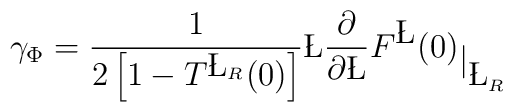
\gamma_{\Phi} =\frac{1}{2\left[1-T^{\L_R}(0)\right]} \L \frac{\partial}{\partial\L} {F^{\L}(0)}_{\big|_{\L_R}}